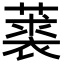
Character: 𦽲